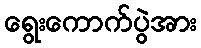
ရွေးကောက်ပွဲအား